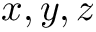
x , y , z